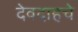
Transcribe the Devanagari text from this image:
देवदाहचे